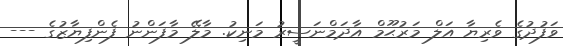
ވަފުދުގެ ވެރިޔާ އަލް މަރުޙޫމް އާދަމްނަސީރު މަނިކު. މާލޭ މާފަންނު ފެންފިޔާޒުގެ ---